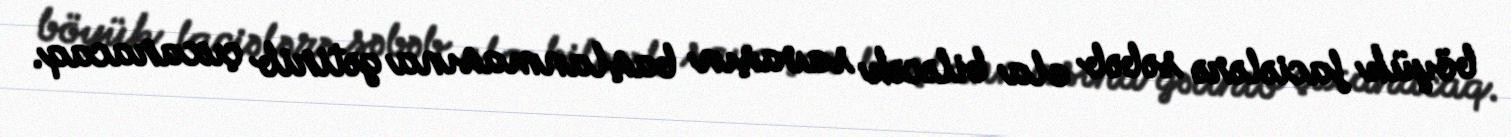
böyük faciələrə səbəb ola biləcək savaşın başlanmasına gətirib çıxaracaq.